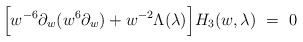
\begin{align*}\Big[ w^{-6} \partial_{w}(w^{6} \partial_{w}) + w^{-2} \Lambda(\lambda) \Big] H_{3} (w,\lambda) \ = \ 0\end{align*}